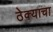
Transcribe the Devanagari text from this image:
ठेक्याचा